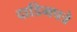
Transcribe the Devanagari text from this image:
दाडिमपत्रे